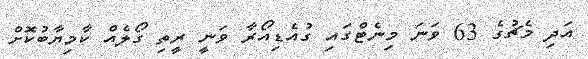
އަދި މެޗުގެ 63 ވަނަ މިނެޓްގައި ގުއެޑިއޯރާ ވަނީ ރީތި ގޯލެއް ކާމިޔާބުކޮށް